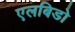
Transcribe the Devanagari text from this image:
एलबिडो